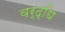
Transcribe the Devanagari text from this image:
वर्द्धि